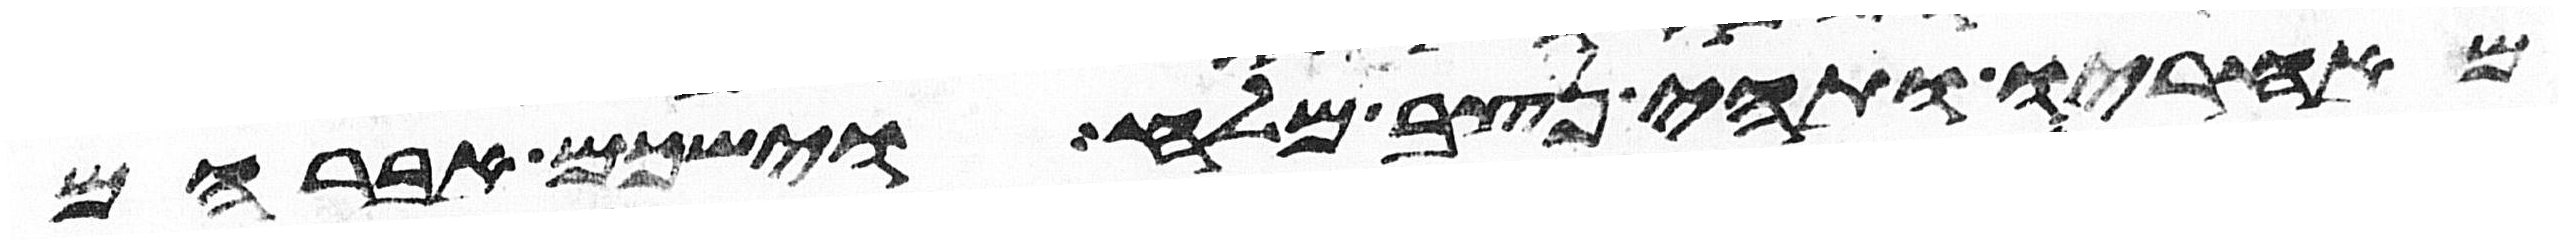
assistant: מאחריו ותהי נצב מלח וישכם אברהם